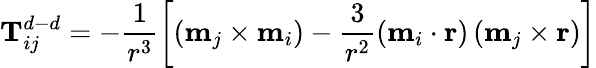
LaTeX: \textbf{T}_{ij}^{d-d}=-\frac{1}{r^{3}}\left[\left(\textbf{m}_{j}\times\textbf{m}_{i}\right)-\frac{3}{r^{2}}\left(\textbf{m}_{i}\cdot\textbf{r}\right)\left(\textbf{m}_{j}\times\textbf{r}\right)\right]